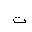
Letter: _ta